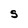
Character: S